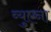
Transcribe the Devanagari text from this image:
ब्युएना